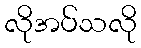
လိုအပ်သလို